Civil Veterinary Department Bihar & Orissa reports 1922-29 - 1922-1929
Year: 1922
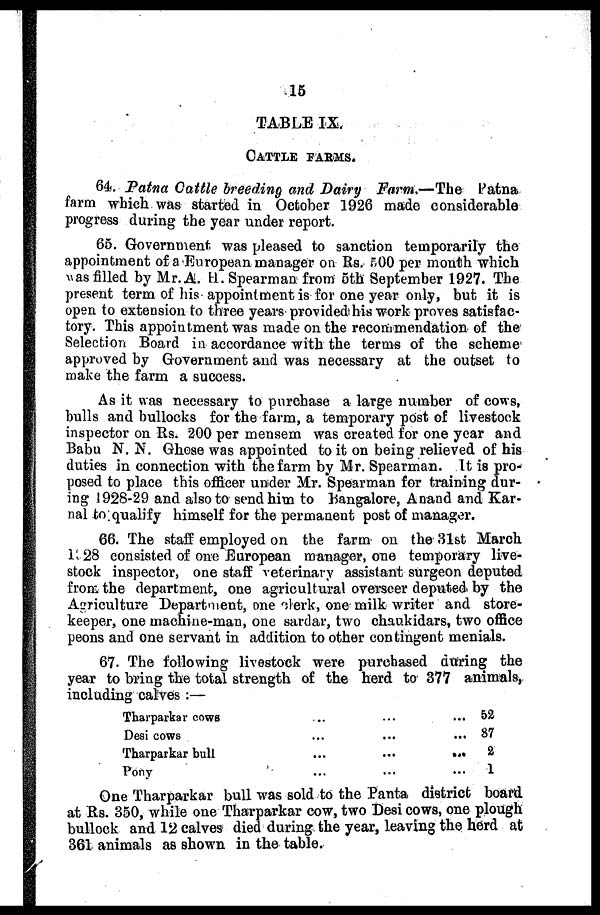
15
TABLE IX.
CATTLE FARMS.
64. Patna Cattle breeding and Dairy Farm.—The
Fatna
farm which was started in October 1926 made considerable
progress during the year under report.
65. Government was pleased to sanction temporarily the
appointment of a European manager on Rs. 500 per month which
was filled by Mr. A. H. Spearman from 5th September 1927. The
present term of his appoint ment is for one year only, but it is
open to extension to three years provided his work proves satisfac-
tory. This appointment was made on the recommendation of the
Selection Board in accordance with the terms of the scheme
approved by Government and was necessary at the outset to
make the farm a success.
As it was necessary to purchase a large number of cows,
bulls and bullocks for the farm, a temporary post of livestock
inspector on Rs. 200 per mensem was created for one year and
Babu N. N. Ghose was appointed to it on being relieved of his
duties in connection with the farm by Mr. Spearman. It is pro-
posed to place this officer under Mr. Spearman for training dur-
ing 1928-29 and also to send him to Bangalore, Anand and Kar-
nal to qualify himself for the permanent post of manager.
66. The staff employed on the farm on the 31st March
1128 consisted of one European manager, one temporary live-
stock inspector, one staff veterinary assistant surgeon deputed
from the department, one agricultural overseer deputed by the
Agriculture Department, one 'slerk, one milk writer and stare-
keeper, one machine-man, one sardar, two chaukidars, two office
peons and one servant in addition to other contingent menials.
67. The following livestock were purchased during the
year to bring the total strength of the herd to 377 animals,
including calves :—
Tharparkar cows ... ... ...
Desi cows ... ... ...
Tharparkar bull ... ... ...
Pony ... ... ...
52
87
2
1
One Tharparkar bull was sold to the Panta district board
at Rs. 350, while one Tharparkar cow, two Desi cows, one plough
bullock and 12 calves died during the year, leaving the herd at
361 animals as shown in the table.